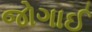
જોગાઈ